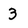
Character: 3